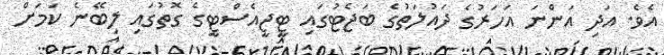
އެވެ. އަދި އަންނަ އަހަރުގެ ދައުލަތުގެ ބަޖެޓުގައި ޓީޖީއެސްޓީގެ ގޮތުގައި ލިބޭނެ ކަމަށް